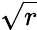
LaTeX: \sqrt{r}